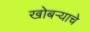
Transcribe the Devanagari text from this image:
खोबऱ्याचे